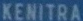
KENITRA